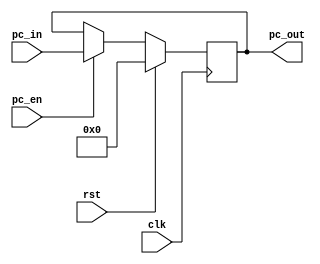
module PC (
	
	input clk, rst,
	input pc_en,
	input [7:0] pc_in,

	output reg [7:0] pc_out = 8'b0

);
	always @(posedge clk) begin
		if (rst) begin
			pc_out <= 8'b0;
		end 
		else if (pc_en) begin
			pc_out <= pc_in;
		end
	end
endmodule